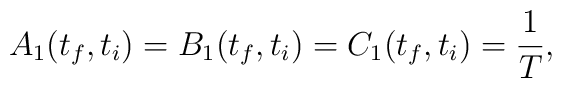
A_1 (t_f,t_i) = B_1 (t_f,t_i) = C_1 (t_f,t_i) = \frac{1}{T},